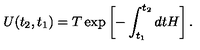
U ( t _ { 2 } , t _ { 1 } ) = T \exp \left[ - \int _ { t _ { 1 } } ^ { t _ { 2 } } d t H \right] .